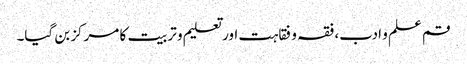
قم علم و ادب، فقہ و فقاہت اور تعلیم و تربیت کا مرکز بن گیا۔